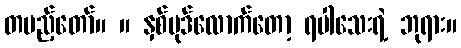
တပည့်တော်။ ။ နှစ်ပုဒ်လောက်တော့ ရပါသေးရဲ့ ဘုရား။